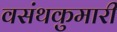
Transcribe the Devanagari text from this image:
वसंथकुमारी